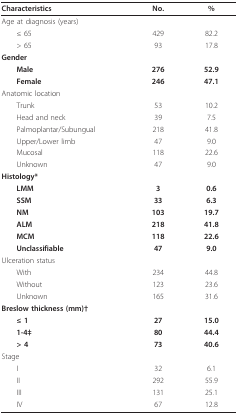
<table><thead><tr><td><b>Characteristics</b></td><td><b>No.</b></td><td><b>%</b></td></tr></thead><tbody><tr><td>Age at diagnosis (years)</td><td></td><td></td></tr><tr><td> ≤ 65</td><td>429</td><td>82.2</td></tr><tr><td> &gt; 65</td><td>93</td><td>17.8</td></tr><tr><td><b>Gender</b></td><td></td><td></td></tr><tr><td> <b>Male</b></td><td><b>276</b></td><td><b>52.9</b></td></tr><tr><td> <b>Female</b></td><td><b>246</b></td><td><b>47.1</b></td></tr><tr><td>Anatomic location</td><td></td><td></td></tr><tr><td> Trunk</td><td>53</td><td>10.2</td></tr><tr><td> Head and neck</td><td>39</td><td>7.5</td></tr><tr><td> Palmoplantar/Subungual</td><td>218</td><td>41.8</td></tr><tr><td> Upper/Lower limb</td><td>47</td><td>9.0</td></tr><tr><td> Mucosal</td><td>118</td><td>22.6</td></tr><tr><td> Unknown</td><td>47</td><td>9.0</td></tr><tr><td><b>Histology*</b></td><td></td><td></td></tr><tr><td> <b>LMM</b></td><td><b>3</b></td><td><b>0.6</b></td></tr><tr><td> <b>SSM</b></td><td><b>33</b></td><td><b>6.3</b></td></tr><tr><td> <b>NM</b></td><td><b>103</b></td><td><b>19.7</b></td></tr><tr><td> <b>ALM</b></td><td><b>218</b></td><td><b>41.8</b></td></tr><tr><td> <b>MCM</b></td><td><b>118</b></td><td><b>22.6</b></td></tr><tr><td> <b>Unclassifiable</b></td><td><b>47</b></td><td><b>9.0</b></td></tr><tr><td>Ulceration status</td><td></td><td></td></tr><tr><td> With</td><td>234</td><td>44.8</td></tr><tr><td> Without</td><td>123</td><td>23.6</td></tr><tr><td> Unknown</td><td>165</td><td>31.6</td></tr><tr><td><b>Breslow thickness (mm)†</b></td><td></td><td></td></tr><tr><td> <b>≤ 1</b></td><td><b>27</b></td><td><b>15.0</b></td></tr><tr><td> <b>1-4‡</b></td><td><b>80</b></td><td><b>44.4</b></td></tr><tr><td> <b>&gt; 4</b></td><td><b>73</b></td><td><b>40.6</b></td></tr><tr><td>Stage</td><td></td><td></td></tr><tr><td> I</td><td>32</td><td>6.1</td></tr><tr><td> II</td><td>292</td><td>55.9</td></tr><tr><td> III</td><td>131</td><td>25.1</td></tr><tr><td> IV</td><td>67</td><td>12.8</td></tr></tbody></table>